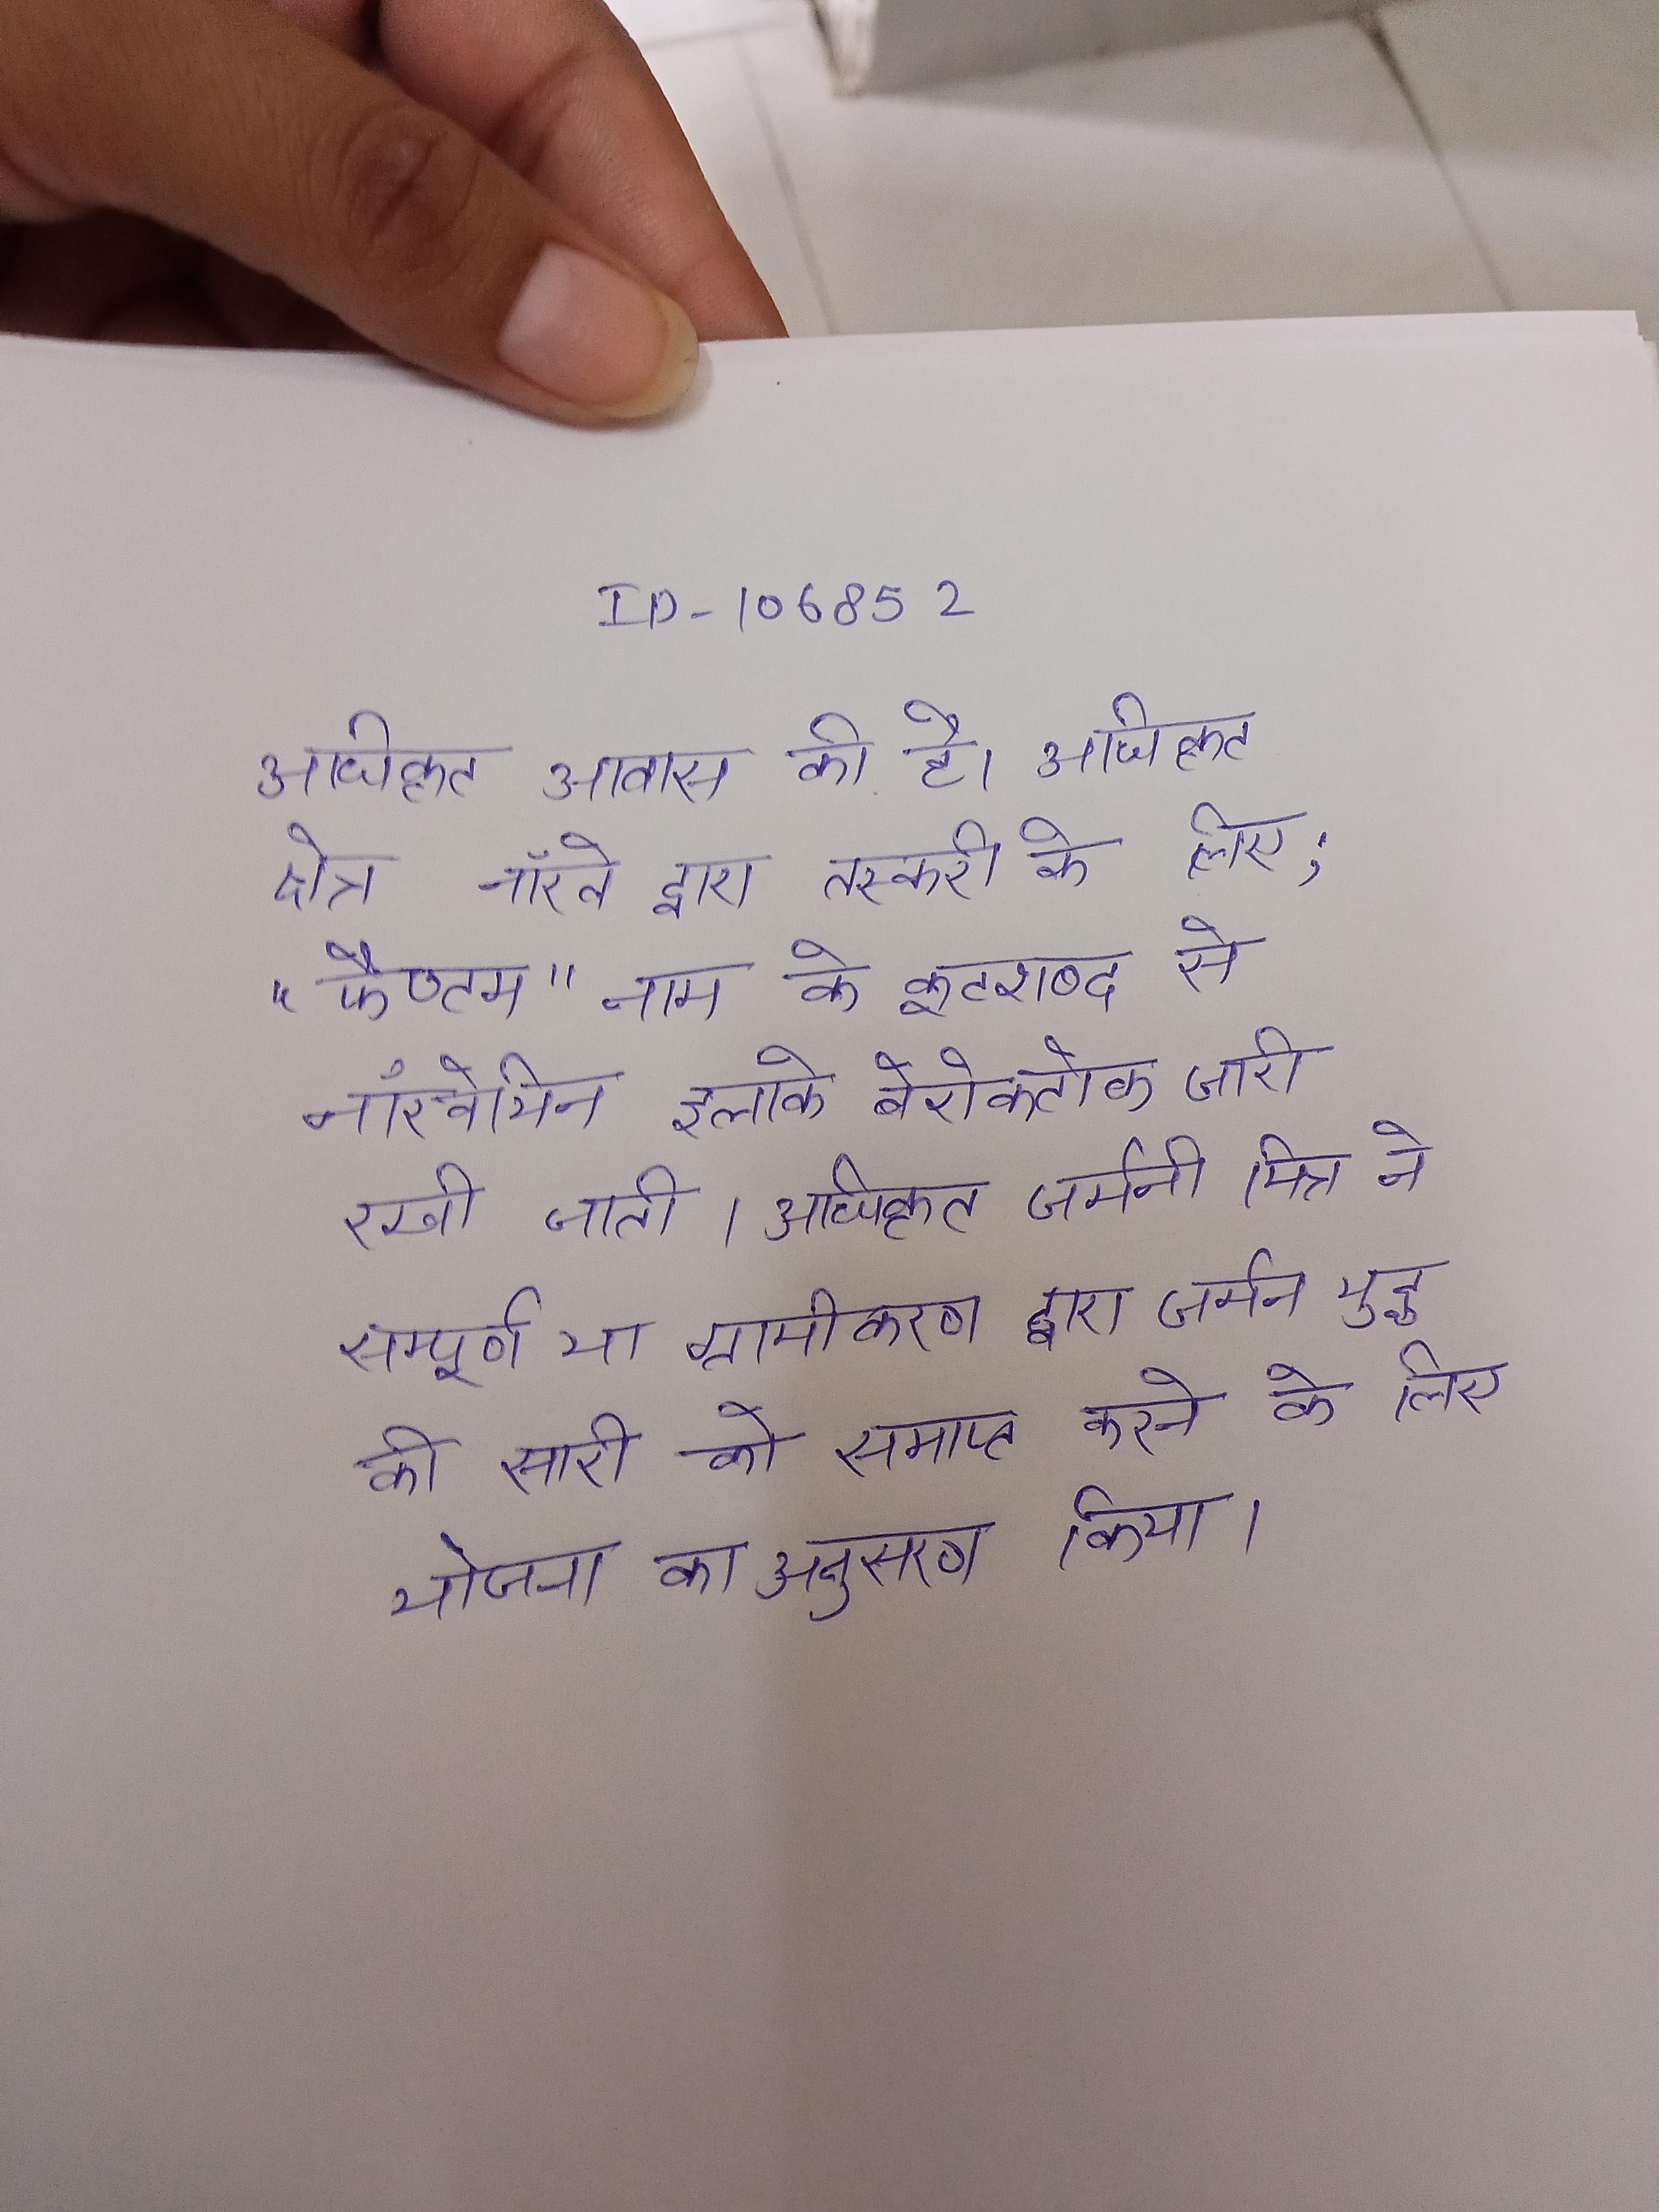
अधिकृत आवास की है । अधिकृत क्षेत्र नाॅरवे द्वारा तस्करी के लिए; "फैण्टम" नाम के कूटशब्द से नाॅरवेयिन इलाके बेरोकटोक जारी रखी जाती । अधिकृत जर्मनी मित्र ने सम्पूर्ण या ग्रामीकरण द्वारा जर्मन युद्ध की सारी को समाप्त करने के लिए योजना का अनुसरण किया ।